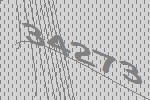
34273